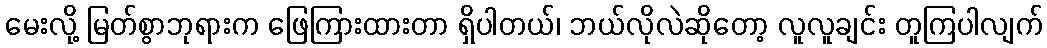
မေးလို့ မြတ်စွာဘုရားက ဖြေကြားထားတာ ရှိပါတယ်၊ ဘယ်လိုလဲဆိုတော့ လူလူချင်း တူကြပါလျက်